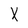
Character: X